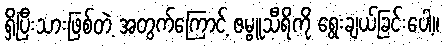
ရှိပြီးသားဖြစ်တဲ့ အတွက်ကြောင့် ဇမ္ဗူသီရိကို ရွေးချယ်ခြင်းပေါ့။